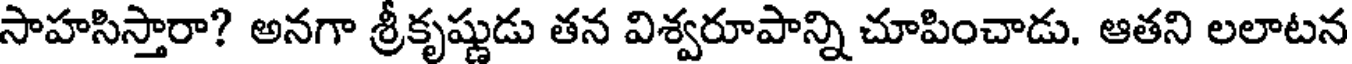
సాహసిస్తారా? అనగా శ్రీకృష్ణుడు తన విశ్వరూపాన్ని చూపించాడు. ఆతని లలాటన